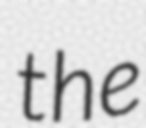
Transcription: the